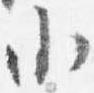
小